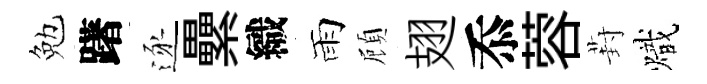
勉躇逐纍織雨頋翅忝蓉葑熾